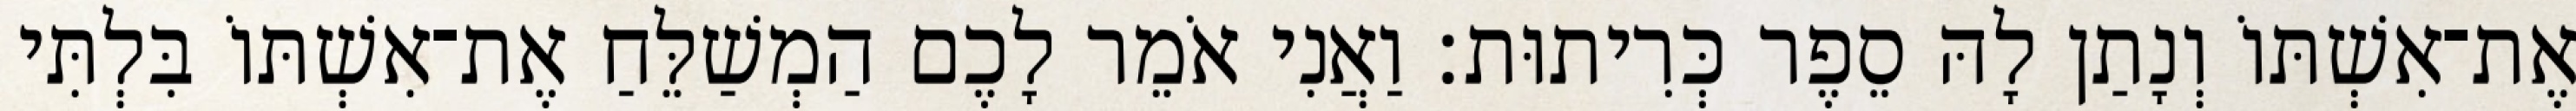
אֶת־אִשְׁתּוֹ וְנָתַן לָהּ סֵפֶר כְּרִיתוּת׃ וַאֲנִי אֹמֵר לָכֶם הַמְשַׁלֵּחַ אֶת־אִשְׁתּוֹ בִּלְתִּי